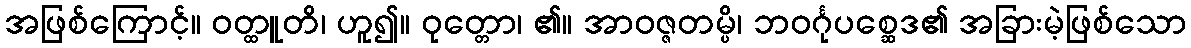
အဖြစ်ကြောင့်။ ဝတ္ထူတိ၊ ဟူ၍။ ဝုတ္တော၊ ၏။ အာဝဇ္ဇတမ္ပိ၊ ဘဝင်္ဂုပစ္ဆေဒ၏ အခြားမဲ့ဖြစ်သော